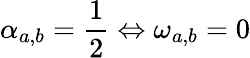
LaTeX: \alpha_{a,b}=\frac{1}{2}\Leftrightarrow\omega_{a,b}=0